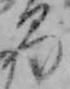
る